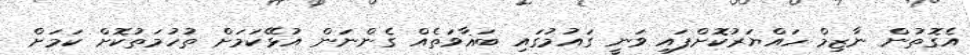
އެގޮތުން ނާޒިމް ހައްޔަރުކޮށްފައި ވަނީ ގައުމުގައި ބަޣާވަތެއް ގެންނަން އުޅޭކަމަށް ތުހުމަތުކޮށް ކަމަށް